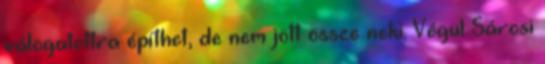
válogatottra építhet, de nem jött össze neki. Végül Sárosi